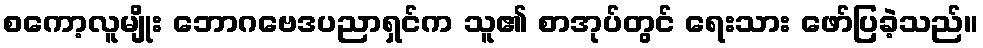
စကော့လူမျိုး ဘောဂဗေဒပညာရှင်က သူ၏ စာအုပ်တွင် ရေးသား ဖော်ပြခဲ့သည်။